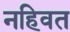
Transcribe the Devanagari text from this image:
नहिवत